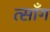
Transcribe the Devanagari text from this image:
त्साँग